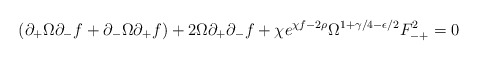
\begin{align*}(\partial_+\Omega\partial_-f + \partial_-\Omega\partial_+f)+2\Omega\partial_+\partial_-f+ \chi e^{\chi f-2\rho}\Omega^{1+\gamma/4 -\epsilon/2}F_{-+}^2=0\end{align*}